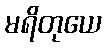
မရိတုယေ